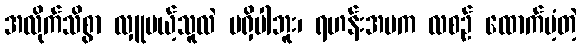
အလိုက်သိစွာ လှူမယ့်သူလဲ မရှိပါဘူး၊ ရဟန်းအမက လစဉ် ထောက်ပံ့တဲ့